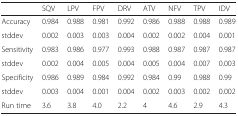
|  | SQV | LPV | FPV | DRV | ATV | NFV | TPV | IDV |
 | --- | --- | --- | --- | --- | --- | --- | --- | --- |
 | Accuracy | 0.984 | 0.988 | 0.981 | 0.992 | 0.986 | 0.988 | 0.988 | 0.989 |
 | stddev | 0.002 | 0.003 | 0.003 | 0.004 | 0.002 | 0.002 | 0.004 | 0.001 |
 | Sensitivity | 0.983 | 0.986 | 0.977 | 0.993 | 0.988 | 0.987 | 0.987 | 0.987 |
 | stddev | 0.002 | 0.004 | 0.005 | 0.004 | 0.005 | 0.004 | 0.007 | 0.003 |
 | Specificity | 0.986 | 0.989 | 0.984 | 0.992 | 0.984 | 0.99 | 0.988 | 0.99 |
 | stddev | 0.003 | 0.004 | 0.001 | 0.004 | 0.002 | 0.003 | 0.002 | 0.002 |
 | Run time | 3.6 | 3.8 | 4.0 | 2.2 | 4 | 4.6 | 2.9 | 4.3 |